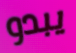
يبدو